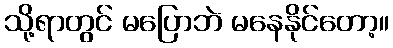
သို့ရာတွင် မပြောဘဲ မနေနိုင်တော့။